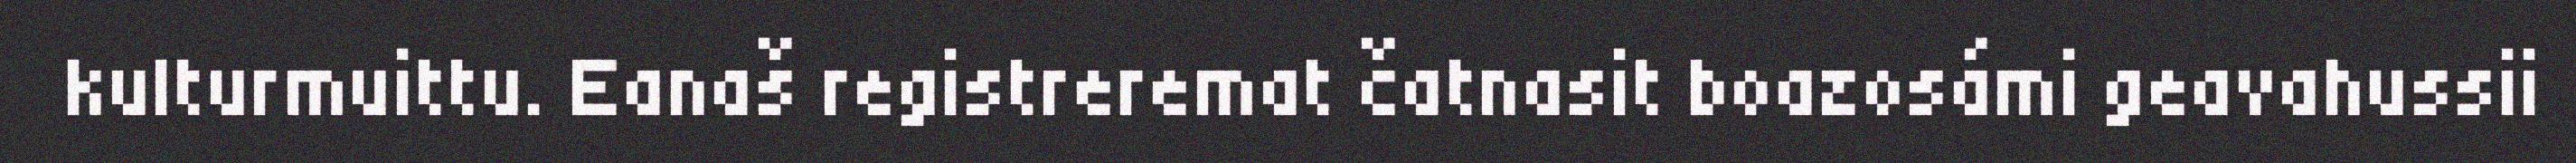
kulturmuittu. Eanaš registreremat čatnasit boazosámi geavahussii